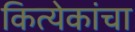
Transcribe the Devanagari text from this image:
कित्येकांचा